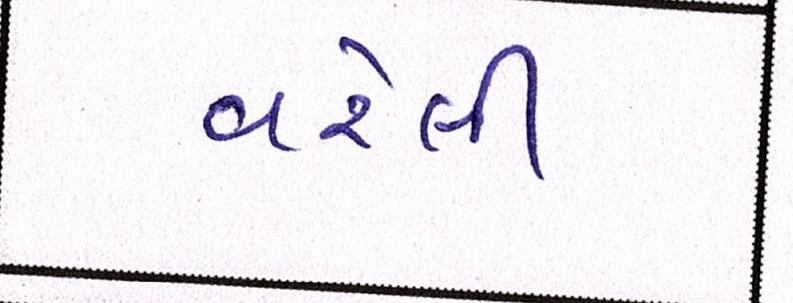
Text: વરેલી